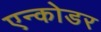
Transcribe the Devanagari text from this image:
एन्कोडर